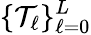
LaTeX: \{ \mathcal{T}_{\ell}\} _{\ell=0}^{L}